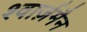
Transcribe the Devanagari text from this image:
श्वार्ज़मैन